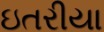
ઇતરીયા